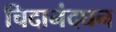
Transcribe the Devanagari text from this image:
चिदानंदघन